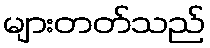
များတတ်သည်